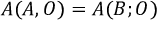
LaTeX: { \cal A } ( A , { \cal O } ) = { \cal A } ( B ; { \cal O } )